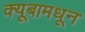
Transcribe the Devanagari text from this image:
क्यूबामधून